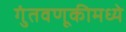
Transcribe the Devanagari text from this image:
गुंतवणूकीमध्ये